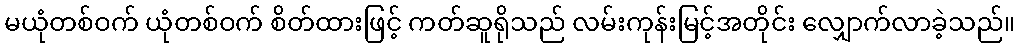
မယုံတစ်ဝက် ယုံတစ်ဝက် စိတ်ထားဖြင့် ကတ်ဆူရိုသည် လမ်းကုန်းမြင့်အတိုင်း လျှောက်လာခဲ့သည်။